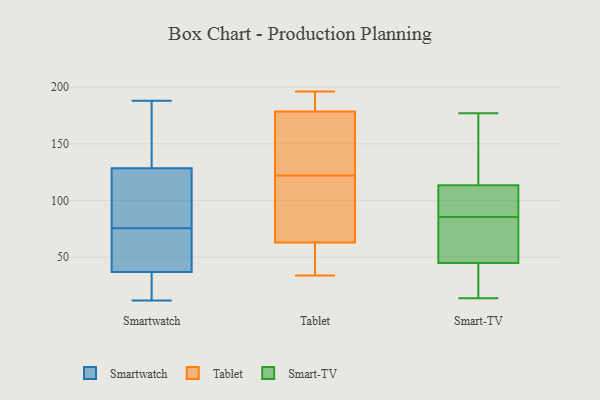
{"axis": {"x": "Energy Usage (MWh)", "y": "Value"}, "legend": ["Smart-TV", "Smartwatch", "Tablet"], "data": [{"x": "", "y": 69, "type": "Smartwatch"}, {"x": "", "y": 59, "type": "Smartwatch"}, {"x": "", "y": 29, "type": "Smartwatch"}, {"x": "", "y": 156, "type": "Smartwatch"}, {"x": "", "y": 68, "type": "Smartwatch"}, {"x": "", "y": 82, "type": "Smartwatch"}, {"x": "", "y": 22, "type": "Smartwatch"}, {"x": "", "y": 102, "type": "Smartwatch"}, {"x": "", "y": 155, "type": "Smartwatch"}, {"x": "", "y": 61, "type": "Smartwatch"}, {"x": "", "y": 27, "type": "Smartwatch"}, {"x": "", "y": 123, "type": "Smartwatch"}, {"x": "", "y": 188, "type": "Smartwatch"}, {"x": "", "y": 108, "type": "Smartwatch"}, {"x": "", "y": 181, "type": "Smartwatch"}, {"x": "", "y": 134, "type": "Smartwatch"}, {"x": "", "y": 19, "type": "Smartwatch"}, {"x": "", "y": 12, "type": "Smartwatch"}, {"x": "", "y": 94, "type": "Smartwatch"}, {"x": "", "y": 45, "type": "Smartwatch"}, {"x": "", "y": 108, "type": "Tablet"}, {"x": "", "y": 50, "type": "Tablet"}, {"x": "", "y": 196, "type": "Tablet"}, {"x": "", "y": 63, "type": "Tablet"}, {"x": "", "y": 136, "type": "Tablet"}, {"x": "", "y": 189, "type": "Tablet"}, {"x": "", "y": 56, "type": "Tablet"}, {"x": "", "y": 34, "type": "Tablet"}, {"x": "", "y": 182, "type": "Tablet"}, {"x": "", "y": 75, "type": "Tablet"}, {"x": "", "y": 175, "type": "Tablet"}, {"x": "", "y": 145, "type": "Tablet"}, {"x": "", "y": 101, "type": "Tablet"}, {"x": "", "y": 185, "type": "Tablet"}, {"x": "", "y": 63, "type": "Tablet"}, {"x": "", "y": 162, "type": "Tablet"}, {"x": "", "y": 93, "type": "Smart-TV"}, {"x": "", "y": 115, "type": "Smart-TV"}, {"x": "", "y": 48, "type": "Smart-TV"}, {"x": "", "y": 103, "type": "Smart-TV"}, {"x": "", "y": 90, "type": "Smart-TV"}, {"x": "", "y": 21, "type": "Smart-TV"}, {"x": "", "y": 112, "type": "Smart-TV"}, {"x": "", "y": 177, "type": "Smart-TV"}, {"x": "", "y": 119, "type": "Smart-TV"}, {"x": "", "y": 172, "type": "Smart-TV"}, {"x": "", "y": 157, "type": "Smart-TV"}, {"x": "", "y": 19, "type": "Smart-TV"}, {"x": "", "y": 102, "type": "Smart-TV"}, {"x": "", "y": 14, "type": "Smart-TV"}, {"x": "", "y": 81, "type": "Smart-TV"}, {"x": "", "y": 70, "type": "Smart-TV"}, {"x": "", "y": 31, "type": "Smart-TV"}, {"x": "", "y": 59, "type": "Smart-TV"}, {"x": "", "y": 43, "type": "Smart-TV"}, {"x": "", "y": 47, "type": "Smart-TV"}]}